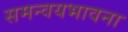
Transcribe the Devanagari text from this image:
समन्वयभावना